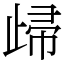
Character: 㱕